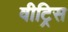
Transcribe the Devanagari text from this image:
वीट्रिस